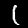
Digit: 1